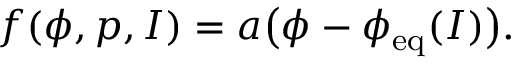
f ( \phi , p , I ) = a \big ( \phi - \phi _ { \mathrm { e q } } ( I ) \big ) .